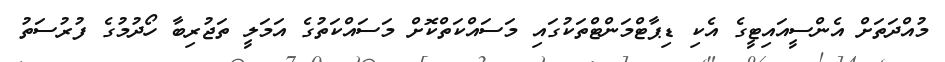
މުއްދަތަށް އެންސީއައިޓީގެ އެކި ޑިޕާޓްމަންޓްތަކުގައި މަސައްކަތްކޮށް މަސައްކަތުގެ އަމަލީ ތަޖުރިބާ ހޯދުމުގެ ފުރުސަތު